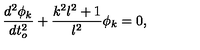
\frac { d ^ { 2 } \phi _ { k } } { d t _ { o } ^ { 2 } } + \frac { k ^ { 2 } l ^ { 2 } + 1 } { l ^ { 2 } } \phi _ { k } = 0 ,